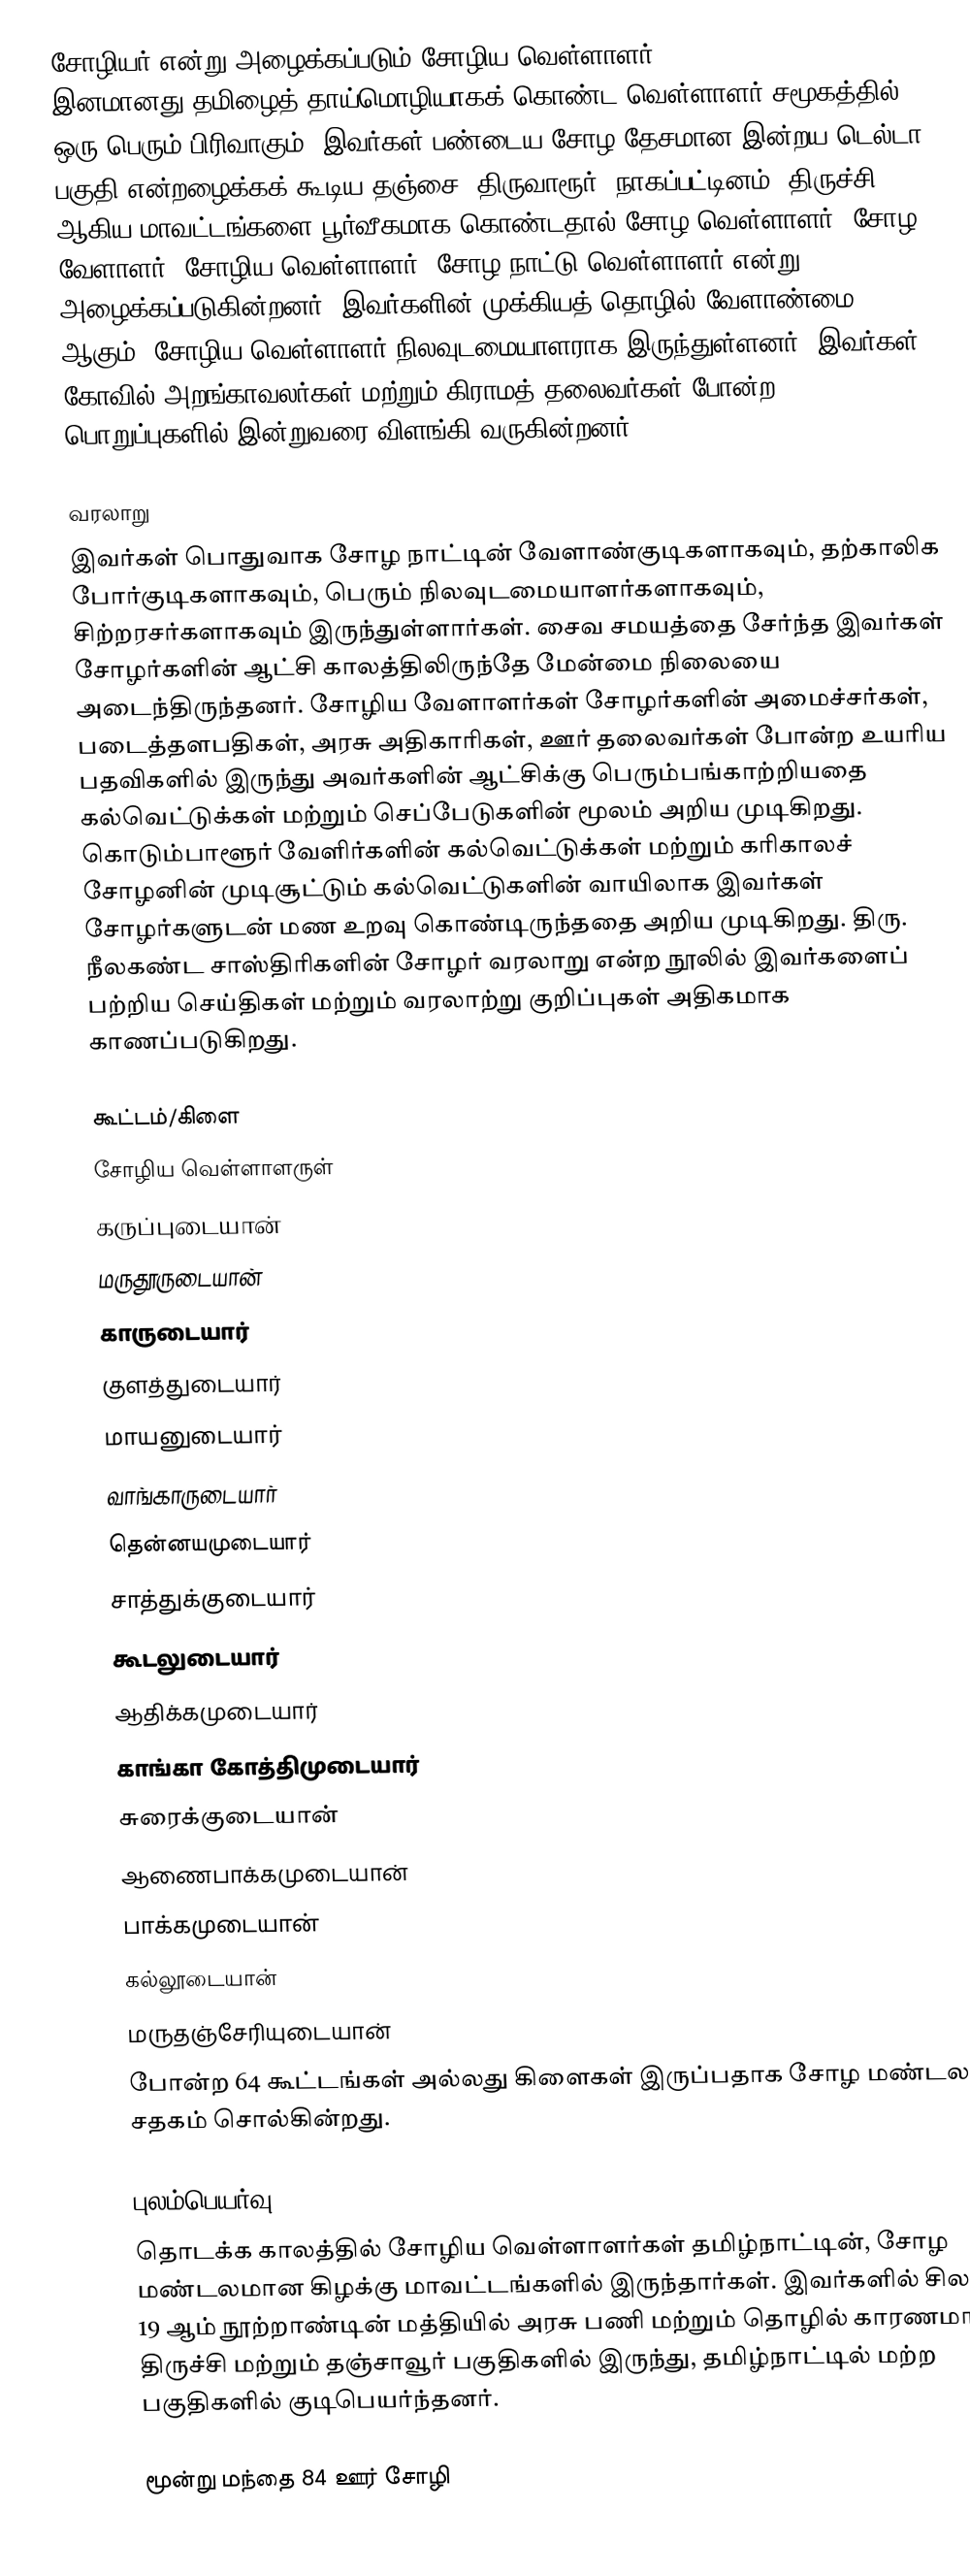
சோழியர் என்று அழைக்கப்படும் சோழிய வெள்ளாளர் (Chozhia Vellalar) இனமானது தமிழைத் தாய்மொழியாகக் கொண்ட வெள்ளாளர்  சமூகத்தில் ஒரு பெரும் பிரிவாகும். இவர்கள் பண்டைய சோழ தேசமான இன்றய டெல்டா பகுதி என்றழைக்கக் கூடிய தஞ்சை, திருவாரூர், நாகப்பட்டினம், திருச்சி ஆகிய மாவட்டங்களை பூர்வீகமாக கொண்டதால் சோழ வெள்ளாளர், சோழ வேளாளர், சோழிய வெள்ளாளர், சோழ நாட்டு வெள்ளாளர் என்று அழைக்கப்படுகின்றனர். இவர்களின் முக்கியத் தொழில் வேளாண்மை ஆகும். சோழிய வெள்ளாளர் நிலவுடமையாளராக இருந்துள்ளனர். இவர்கள் கோவில் அறங்காவலர்கள் மற்றும் கிராமத் தலைவர்கள் போன்ற பொறுப்புகளில் இன்றுவரை விளங்கி வருகின்றனர்.

வரலாறு
இவர்கள் பொதுவாக சோழ நாட்டின் வேளாண்குடிகளாகவும், தற்காலிக போர்குடிகளாகவும், பெரும் நிலவுடமையாளர்களாகவும், சிற்றரசர்களாகவும் இருந்துள்ளார்கள். சைவ சமயத்தை சேர்ந்த இவர்கள் சோழர்களின் ஆட்சி காலத்திலிருந்தே மேன்மை நிலையை அடைந்திருந்தனர். சோழிய வேளாளர்கள் சோழர்களின் அமைச்சர்கள், படைத்தளபதிகள், அரசு அதிகாரிகள், ஊர் தலைவர்கள் போன்ற உயரிய பதவிகளில் இருந்து அவர்களின் ஆட்சிக்கு பெரும்பங்காற்றியதை கல்வெட்டுக்கள் மற்றும் செப்பேடுகளின் மூலம் அறிய முடிகிறது. கொடும்பாளூர் வேளிர்களின் கல்வெட்டுக்கள் மற்றும் கரிகாலச் சோழனின் முடிசூட்டும் கல்வெட்டுகளின் வாயிலாக இவர்கள் சோழர்களுடன் மண உறவு கொண்டிருந்ததை அறிய முடிகிறது. திரு. நீலகண்ட சாஸ்திரிகளின் சோழர் வரலாறு என்ற நூலில் இவர்களைப் பற்றிய செய்திகள் மற்றும் வரலாற்று குறிப்புகள் அதிகமாக காணப்படுகிறது.

கூட்டம்/கிளை
சோழிய வெள்ளாளருள்
 கருப்புடையான்
 மருதூருடையான்
 காருடையார்
 குளத்துடையார்
 மாயனுடையார்
 வாங்காருடையார்
 தென்னயமுடையார்
 சாத்துக்குடையார்
 கூடலுடையார்
 ஆதிக்கமுடையார்
 காங்கா கோத்திமுடையார்
 சுரைக்குடையான்
 ஆணைபாக்கமுடையான்
 பாக்கமுடையான்
 கல்லூடையான்
 மருதஞ்சேரியுடையான்
போன்ற 64 கூட்டங்கள் அல்லது கிளைகள் இருப்பதாக சோழ மண்டல சதகம் சொல்கின்றது.

புலம்பெயர்வு
தொடக்க காலத்தில் சோழிய வெள்ளாளர்கள் தமிழ்நாட்டின், சோழ மண்டலமான கிழக்கு மாவட்டங்களில் இருந்தார்கள். இவர்களில் சிலர் 19 ஆம் நூற்றாண்டின் மத்தியில் அரசு பணி மற்றும் தொழில் காரணமாக திருச்சி மற்றும் தஞ்சாவூர் பகுதிகளில் இருந்து, தமிழ்நாட்டில் மற்ற பகுதிகளில் குடிபெயர்ந்தனர்.

மூன்று  மந்தை 84 ஊர் சோழி